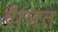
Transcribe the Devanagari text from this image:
दॅालत